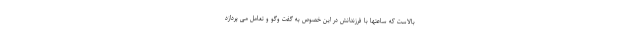
بالاست که ساعتها با فرزندانش در این خصوص به گفت وگو و تعامل می پردازد